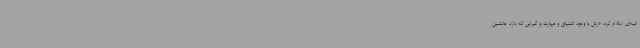
انیه‌ای اعلام کرد: «رتل با وجود اشتیاق و مهارت و گیرایی که دارد جانشین